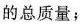
的总质量；